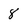
Character: 8